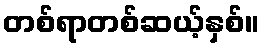
တစ်ရာတစ်ဆယ့်နှစ်။